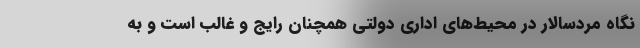
نگاه مردسالار در محیط‌های اداری دولتی همچنان رایج و غالب است و به